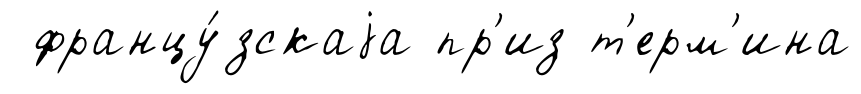
францу́зскаjа пр'из т'ерм'ина